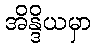
အိန္ဒိယမှာ